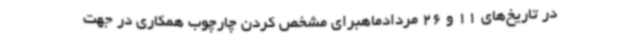
در تاریخ‌های 11 و 26 مردادماهبرای مشخص کردن چارچوب همکاری در جهت